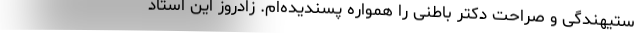
ستیهندگی و صراحت دکتر باطنی را همواره پسندیده‌ام. زادروز این استاد